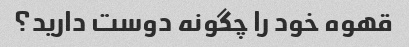
قهوه خود را چگونه دوست دارید؟